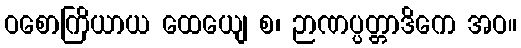
ဝစောကြိယာယ ထေယျေ စ၊ ဉာဏပ္ပတ္တာဒိကေ အဝ။